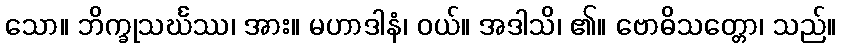
သော။ ဘိက္ခုသင်္ဃဿ၊ အား။ မဟာဒါနံ၊ ဝယ်။ အဒါသိ၊ ၏။ ဗောဓိသတ္တော၊ သည်။